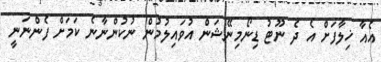
އެއާ ޚިލާފަށް އެ ދެ ނޫޓު ޑިނޯމިނޭޝަން އުވައިލުމުން ނުކުންނާނެ ކަމަށް ފެންނަނީ